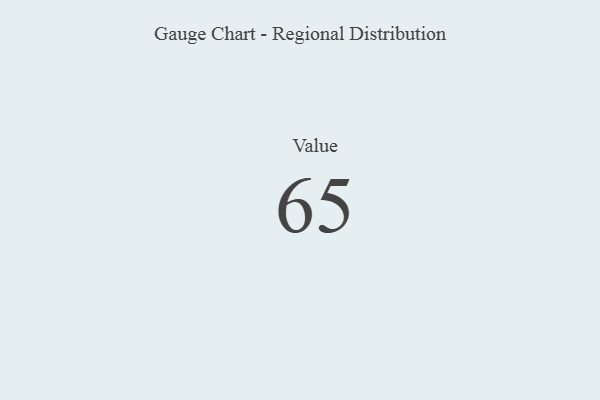
{"axis": {"x": "Metric", "y": "Value"}, "legend": [""], "data": [{"x": "Value", "y": 65, "type": ""}]}